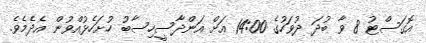
އޮގަސްޓު 8 ވާ ބުދަ ދުވަހުގެ 14:00 އަށް އަންދާސީހިސާބު ހުށަހެޅުއްވުން އެދެމެވެ.